Senior Leaving Certificate Examination (including Day School Certificate (Higher) General paper), 1948
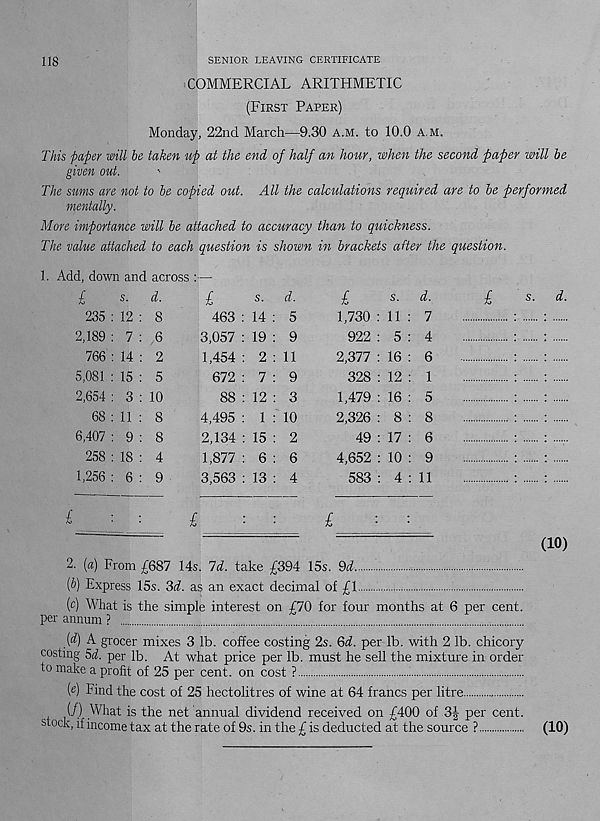
118
SENIOR LEAVING CERTIFICATE
COMMERCIAL ARITHMETIC
(First Paper)
Monday, 22nd March-—9.30 a.m. to 10.0 a m.
This paper will he taken up at the end, of half an hour, when the second paper will he
given out.
The sums are not to he copied out. All the calculations required are to he performed
mentally.
More importance will he attached to accuracy than to quickness.
The value attached to each question is shown in brackets after the question.
1. Add, down and across :—
£
s.
d.
235 : 12 : 8
2,189 : 7 : 6
766 : 14 : 2
5,081 : 15 : 5
2,654 : 3 : 10
68 : 11 : 8
6,407 : 9 : 8
258 : 18 : 4
1256 : 6 : 9
£
£
s.
d.
463 : 14 : 5
3,057 : 19 : 9
1,454 : 2 : 11
672 : 7 : 9
88 : 12 : 3
4,495 : 1 : 10
2,134 : 15 : 2
1,877 : 6 : 6
3,563 : 13 : 4
£
£
s.
d.
1,730 : 11 : 7
922 : 5 : 4
2,377 : 16 : 6
328 : 12 : 1
1,479 : 16 : 5
2,326 : 8 : 8
49 : 17 : 6
4,652 : 10 : 9
583 : 4 : 11
£
£
s -
d.
(10)
2. (a) From £687 14s. Id. take £394 15s. M
[h] Express 15s. 3d as an exact decimal of £1
(c) What is the simple interest on £70 for four months at 6 per cent,
per annum ?
[d) A grocer mixes 3 lb. coffee costing 2s. Qd. per lb. with 2 lb. chicory
costing 5d per lb. At what price per lb. must he sell the mixture in order
to make a profit of 25 per cent, on cost ?
{e) Find the cost of 25 hectolitres of wine at 64 francs per litre
(/) What is the net annual dividend received on £400 of 3J per cent,
stock, if income tax at the rate of 9s. in the £ is deducted at the source ?
(10)